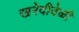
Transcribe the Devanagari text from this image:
खरेदीवेळी